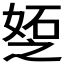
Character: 𪦆